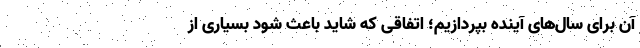
آن برای سال‌های آینده بپردازیم؛ اتفاقی که شاید باعث شود بسیاری از